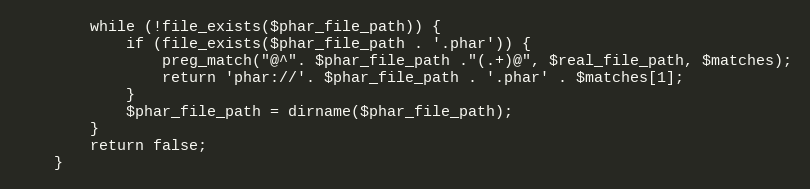
Language: PHP
		while (!file_exists($phar_file_path)) {
			if (file_exists($phar_file_path . '.phar')) {
				preg_match("@^". $phar_file_path ."(.+)@", $real_file_path, $matches);
				return 'phar://'. $phar_file_path . '.phar' . $matches[1];
			}
			$phar_file_path = dirname($phar_file_path);
		}
		return false;
	}